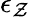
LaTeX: \epsilon_{\mathcal{Z}}